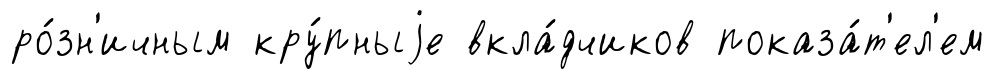
ро́зн'ичным кру́пныjе вкла́дчиков показа́т'ел'ем